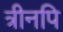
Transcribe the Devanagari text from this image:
त्रीनपि